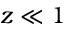
z \ll 1